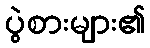
ပွဲစားများ၏